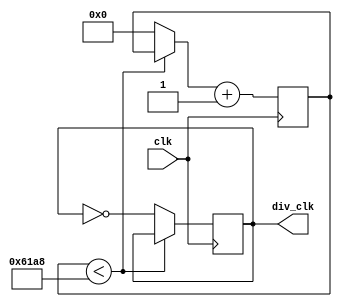
module Clock_Div_Touch (
	input wire clk,
	output reg div_clk);
	
	reg [14:0] count;
	
	always @ (posedge clk)	// using 50Mhz clock
	begin
		if (count < 25000)		// while count < 250000, keep clock signal the same
			div_clk = div_clk;	// generates 1KHz clock
		else	
		begin
			div_clk = ~div_clk;	// else invert the clock
			count = 0;
		end	
		count = count + 1'b1;
	end
	endmodule